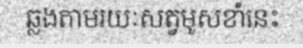
ឆ្លងតាមរយៈសត្វមូសខាំនេះ